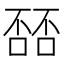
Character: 𫫘